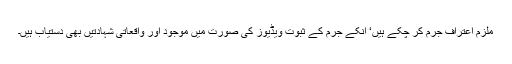
ملزم اعتراف جرم کر چکے ہیں‘ انکے جرم کے ثبوت ویڈیوز کی صورت میں موجود اور واقعاتی شہادتیں بھی دستیاب ہیں۔